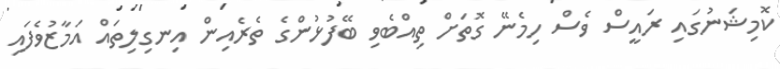
ކޮމިޝަނުގައި ރައީސް ވެސް ހިމެނޭ ގޮތަށް ތިއްބެވި ބޭފުޅުންގެ ތެރެއިން އިނގިލިތައް އަމާޒުވެފައި